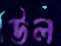
উল